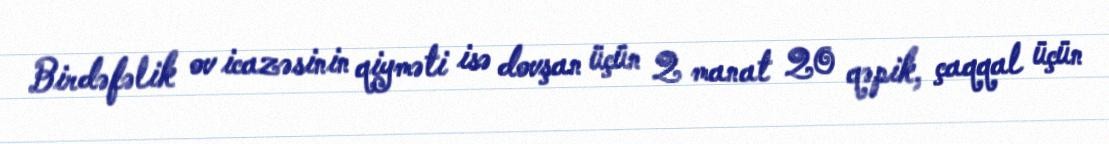
Birdəfəlik ov icazəsinin qiyməti isə dovşan üçün 2 manat 20 qəpik, çaqqal üçün